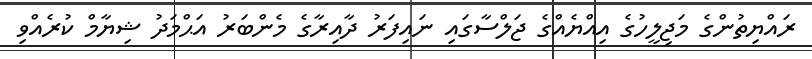
ރައްޔިތުންގެ މަޖިލީހުގެ އިއްޔެއްގެ ޖަލްސާގައި ނައިފަރު ދާއިރާގެ މެންބަރު އަޙްމަދު ޝިޔާމް ކުރެއްވި